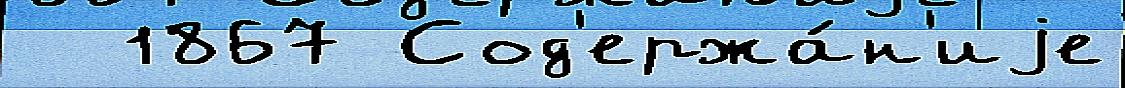
  1867 Сод'ержа́н'иjе